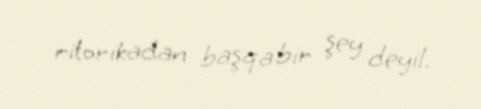
ritorikadan başqa bir şey deyil.